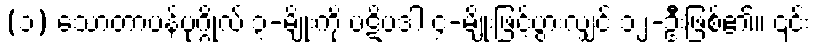
(၁) သောတာပန်ပုဂ္ဂိုလ် ၃-မျိုးကို ပဋိပဒါ ၄-မျိုးဖြင့်ပွားလျှင် ၁၂-ဦးဖြစ်၏။ ၎င်း